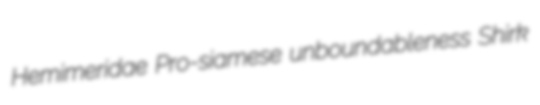
Hemimeridae Pro-siamese unboundableness Shirk